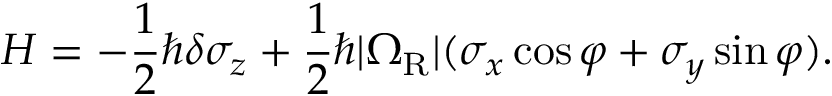
H = - \frac { 1 } { 2 } \hbar \delta \sigma _ { z } + \frac { 1 } { 2 } \hbar | \Omega _ { \mathrm { R } } | ( \sigma _ { x } \cos \varphi + \sigma _ { y } \sin \varphi ) .